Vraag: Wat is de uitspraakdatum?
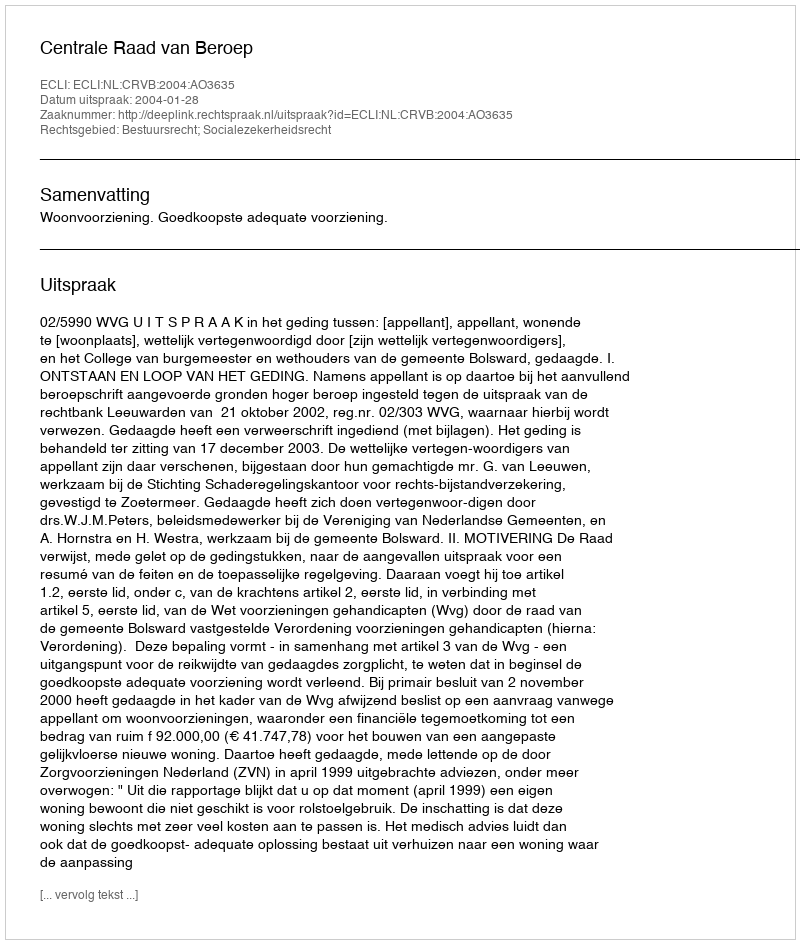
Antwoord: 2004-01-28